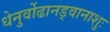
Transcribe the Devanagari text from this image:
धेनुर्वोढानड्वानाशुः